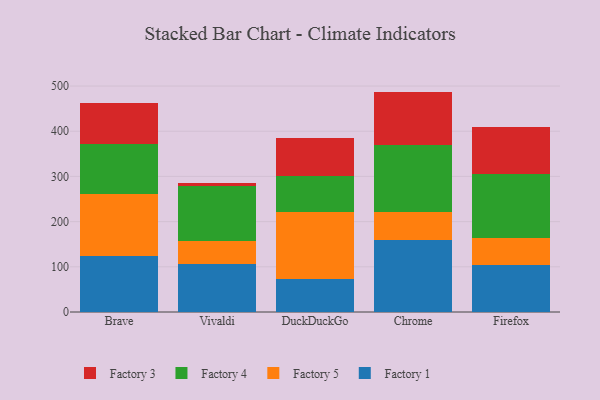
{"axis": {"x": "Browser", "y": "Customer Acquisition Cost (USD)"}, "legend": ["Factory 1", "Factory 3", "Factory 4", "Factory 5"], "data": [{"x": "Brave", "y": 124.1, "type": "Factory 1"}, {"x": "Brave", "y": 136.9, "type": "Factory 5"}, {"x": "Brave", "y": 111.4, "type": "Factory 4"}, {"x": "Brave", "y": 90.4, "type": "Factory 3"}, {"x": "Vivaldi", "y": 105.4, "type": "Factory 1"}, {"x": "Vivaldi", "y": 51.8, "type": "Factory 5"}, {"x": "Vivaldi", "y": 121.7, "type": "Factory 4"}, {"x": "Vivaldi", "y": 5.5, "type": "Factory 3"}, {"x": "DuckDuckGo", "y": 73.7, "type": "Factory 1"}, {"x": "DuckDuckGo", "y": 147.4, "type": "Factory 5"}, {"x": "DuckDuckGo", "y": 79.2, "type": "Factory 4"}, {"x": "DuckDuckGo", "y": 84.0, "type": "Factory 3"}, {"x": "Chrome", "y": 159.8, "type": "Factory 1"}, {"x": "Chrome", "y": 61.6, "type": "Factory 5"}, {"x": "Chrome", "y": 148.9, "type": "Factory 4"}, {"x": "Chrome", "y": 117.4, "type": "Factory 3"}, {"x": "Firefox", "y": 104.5, "type": "Factory 1"}, {"x": "Firefox", "y": 60.3, "type": "Factory 5"}, {"x": "Firefox", "y": 139.5, "type": "Factory 4"}, {"x": "Firefox", "y": 105.5, "type": "Factory 3"}]}